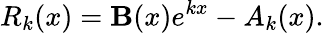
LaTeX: R_{k}(x)=\mathbf{B}(x)e^{kx}-A_{k}(x).